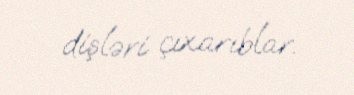
dişləri çıxarıblar.